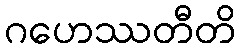
ဂဟေဿတီတိ